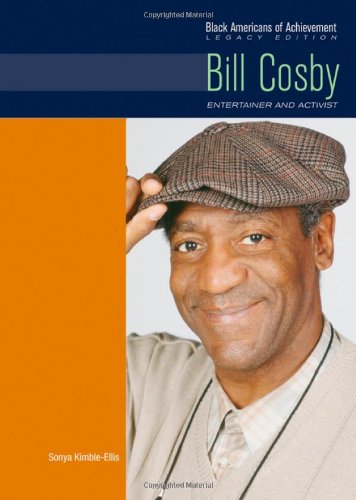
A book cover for Bill Cosby: Entertainer and Activist (Black Americans of Achievement); Sonya Kimble-Ellis; Teen & Young Adult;